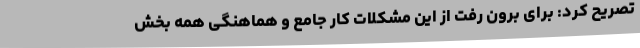
تصریح کرد: برای برون رفت از این مشکلات کار جامع و هماهنگی همه بخش